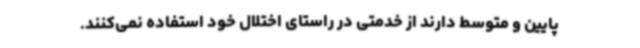
پایین و متوسط دارند از خدمتی در راستای اختلال خود استفاده نمی‌کنند.